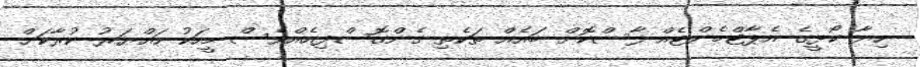
ހިޔާ ކޯޅީގެ އެޕާޓްމެންޓެއް ފާސްކޮށް ބައެއް ތަކެތި ގެންގޮސްފިއެއްވެސް މީހަކު ހައްޔަރު ކުރާކަށް